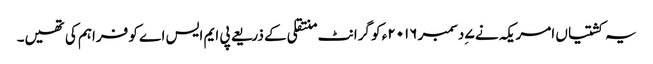
یہ کشتیاں امریکہ نے ۷ ِدسمبر ۲۰۱۶ء کو گرانٹ منتقلی کے ذریعے پی ایم ایس اے کو فراہم کی تھیں۔